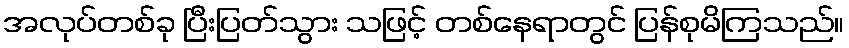
အလုပ်တစ်ခု ပြီးပြတ်သွား သဖြင့် တစ်နေရာတွင် ပြန်စုမိကြသည်။